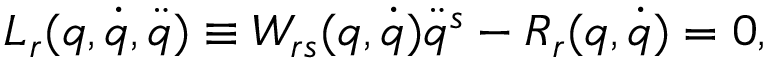
L _ { r } ( q , \dot { q } , \ddot { q } ) \equiv W _ { r s } ( q , \dot { q } ) \ddot { q } ^ { s } - R _ { r } ( q , \dot { q } ) = 0 ,